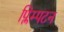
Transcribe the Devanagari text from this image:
प्लिम्पटन